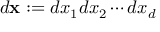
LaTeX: d \mathbf { x } : = d x _ { 1 } d x _ { 2 } \cdots d x _ { d }